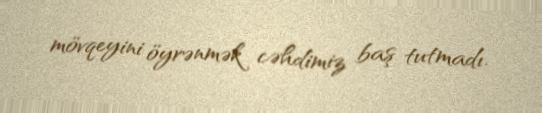
mövqeyini öyrənmək cəhdimiz baş tutmadı.